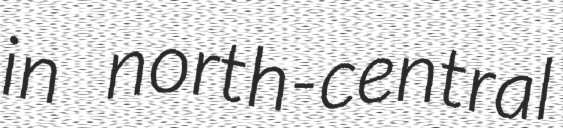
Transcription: in north-central